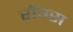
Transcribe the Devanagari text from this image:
रॉग्स